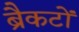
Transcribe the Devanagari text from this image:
ब्रैकटों